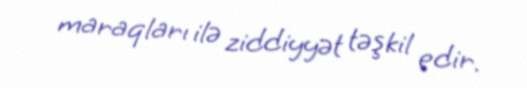
maraqları ilə ziddiyyət təşkil edir.